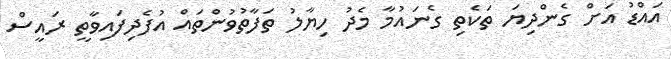
އައްޑު އަށް ގެންދިޔަ ތަކެތި ގެނައުމާ މެދު ހިޔާލު ތަފާތުވުންތައް އުފެދިފައިވާތީ ރައީސް